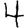
Digit: 4